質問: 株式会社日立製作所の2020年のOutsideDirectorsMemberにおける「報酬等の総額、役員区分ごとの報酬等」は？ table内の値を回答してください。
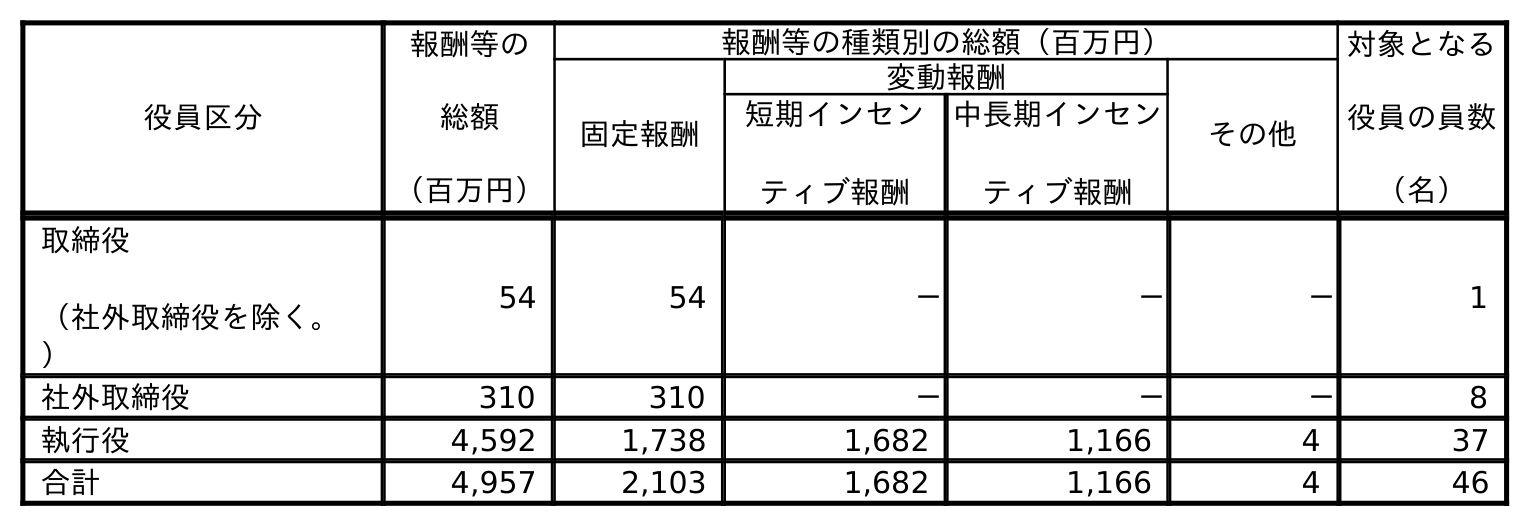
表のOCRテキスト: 役員区分 報酬等の 総額 （百万円） 報酬等の種類別の総額（百万円） 対象となる 役員の員数 （名） 固定報酬 変動報酬 その他 短期インセン ティブ報酬 中長期インセン ティブ報酬 取締役 （社外取締役を除く。 ） 54 54 － － － 1 社外取締役 310 310 － － － 8 執行役 4,592 1,738 1,682 1,166 4 37 合計 4,957 2,103 1,682 1,166 4 46
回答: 310